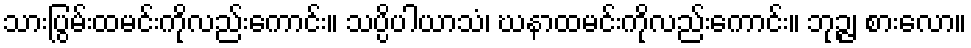
သားပြွမ်းထမင်းကိုလည်းကောင်း။ သပ္ပိပါယာသံ၊ ဃနာထမင်းကိုလည်းကောင်း။ ဘုဉ္ဇ၊ စားလော။